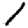
Digit: 1